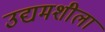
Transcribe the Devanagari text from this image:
उद्यमशीला